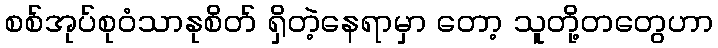
စစ်အုပ်စုဝံသာနုစိတ် ရှိတဲ့နေရာမှာ တော့ သူတို့တတွေဟာ